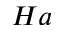
H a